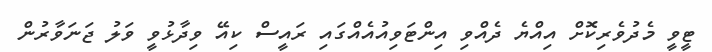
ޓީވީ މެދުވެރިކޮށް އިއްޔެ ދެއްވި އިންޓަވިއުއެއްގައި ރައީސް ކިއޭ ވިދާޅުވީ ވަލު ޖަނަވާރުން